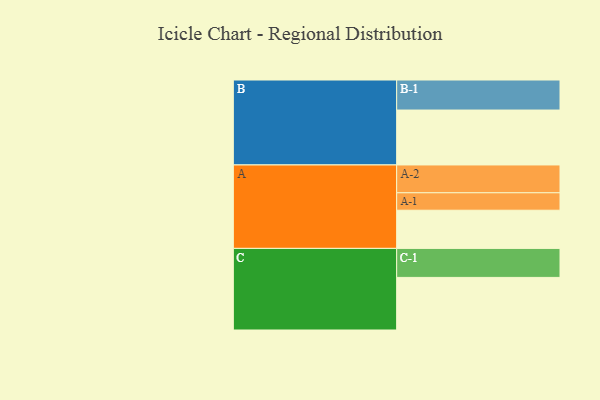
{"axis": {"x": "Segment", "y": "Value"}, "legend": ["", "A", "B", "C"], "data": [{"x": "A", "y": 376, "type": ""}, {"x": "B", "y": 541, "type": ""}, {"x": "C", "y": 518, "type": ""}, {"x": "A-1", "y": 172, "type": "A"}, {"x": "A-2", "y": 274, "type": "A"}, {"x": "B-1", "y": 296, "type": "B"}, {"x": "C-1", "y": 286, "type": "C"}]}